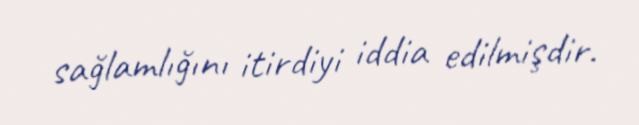
sağlamlığını itirdiyi iddia edilmişdir.